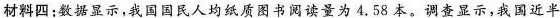
材料四：数据显示，我国国民人均纸质图书阅读量为4.58本。调查显示，我国近半